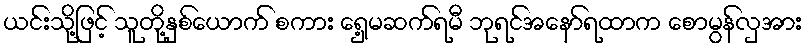
ယင်းသို့ဖြင့် သူတို့နှစ်ယောက် စကား ရှေ့မဆက်ရမီ ဘုရင်အနော်ရထာက စောမွန်လှအား